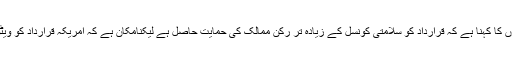
سفارت کاروں کا کہنا ہے کہ قرارداد کو سلامتی کونسل کے زیادہ تر رکن ممالک کی حمایت حاصل ہے لیکنامکان ہے کہ امریکہ قرارداد کو ویٹو کر دے گا۔